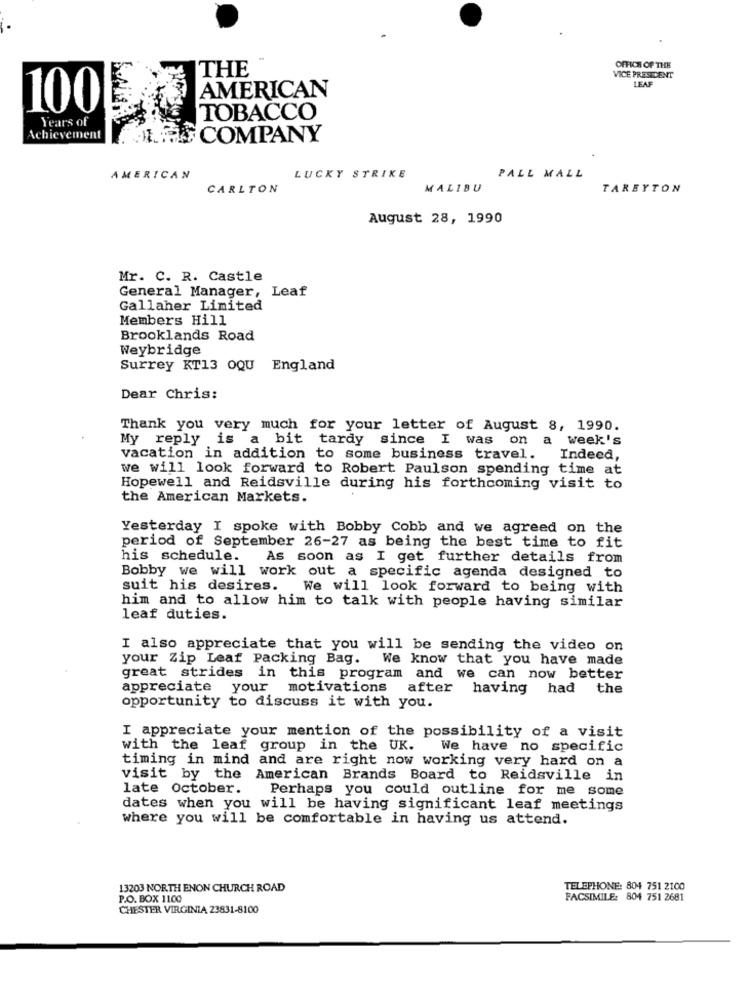
THE
OFFICE OF THE
VICE PRESIDENT
LEAF
AMERICAN
100
Years of
TOBACCO
Achievement
JURE COMPANY
AMERICAN
LUCKY STRIKE
PALL MALL
CARLTON
MALIBU
TAREYTON
August 28, 1990
Mr. C. R. Castle
General Manager, Leaf
Gallaher Limited
Members Hill
Brooklands Road
Weybridge
Surrey KT13 OQU England
Dear Chris:
Thank you very much for your letter of August 8, 1990.
My reply is a bit tardy since I was on a week's
vacation in addition to some business travel.
Indeed,
we will look forward to Robert Paulson spending time at
Hopewell and Reidsville during his forthcoming visit to
the American Markets.
Yesterday I spoke with Bobby Cobb and we agreed on the
period of September 26-27 as being the best time to fit
his schedule.
As soon as I get further details from
Bobby we will work out a specific agenda designed to
suit his desires.
We will look forward to being with
him and to allow him to talk with people having similar
leaf duties.
I also appreciate that you will be sending the video on
your Zip Leaf Packing Bag. We know that you have made
great strides in this program and we can now better
appreciate your motivations
after having
had
the
opportunity to discuss it with you.
I appreciate your mention of the possibility of a visit
with the leaf group in the UK. We have no specific
timing in mind and are right now working very hard on a
visit by the American Brands Board to Reidsville in
late October.
Perhaps you could outline for me some
dates when you will be having significant leaf meetings
where you will be comfortable in having us attend.
13203 NORTH ENON CHURCH ROAD
TELEPHONE: 804 751 2100
P.O. BOX 1100
FACSIMILE: 804 751 2681
CHESTER VIRGINIA 23831-8100